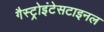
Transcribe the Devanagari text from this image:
गैस्ट्रोइंटेसटाइनल